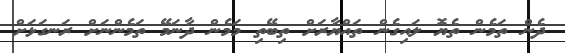
ދެން ތަމެން ތެޔޮ ލައިގެން ތައްޔާރަށް ތިބޭތި މަމެން ދާނަމޭ ތަމެންނަށް ރަނގަޅަށް